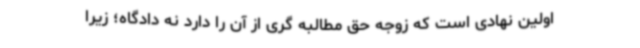
اولین نهادی است که زوجه حق مطالبه گری از آن را دارد نه دادگاه؛ زیرا